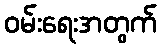
ဝမ်းရေးအတွက်